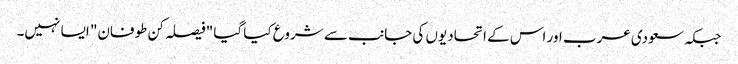
جبکہ سعودی عرب اور اس کے اتحادیوں کی جانب سے شروع کیا گیا "فیصلہ کن طوفان" ایسا نہیں۔